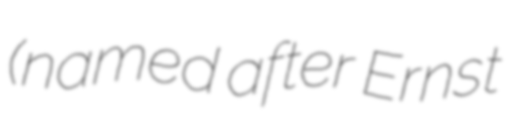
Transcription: (named after Ernst